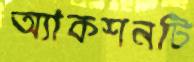
অ্যাকশনটি